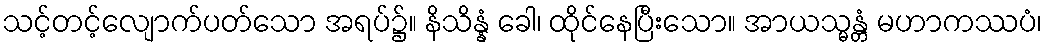
သင့်တင့်လျောက်ပတ်သော အရပ်၌။ နိသိန္နံ ခေါ၊ ထိုင်နေပြီးသော။ အာယသ္မန္တံ မဟာကဿပံ၊